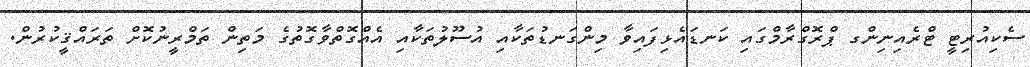
ސެކިއުރިޓީ ޓްރެއިނިންގ ޕްރޮގްރާމްގައި ކަނޑައެޅިފައިވާ މިންގަނޑުތަކާއި އުސޫލުތަކާއި އެއްގޮތްވާގޮތުގެ މަތިން ތަމްރީނުކޮށް ތަރައްޤީކުރުން.